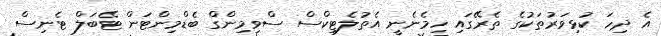
އެ ދިހަ ކުޅިވަރުތަކުގެ ތެރޭގައި ހިމެނެނީ އެތުލެޓިކްސް ސްވިމިންގް ބެޑްމިންޓަން ޓޭބަލް ޓެނިސް